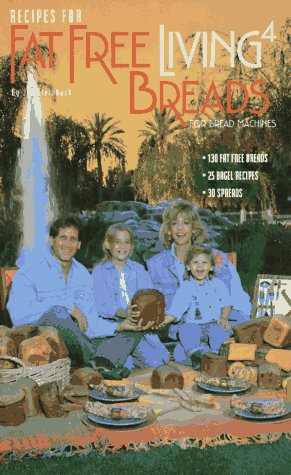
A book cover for Recipes for Fat Free Living 4 Cookbook: Fat Free Breads for Bread Machines Every Recipe Under 1 Gram of Fat Per Serving; Jyl Steinback; Cookbooks, Food & Wine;